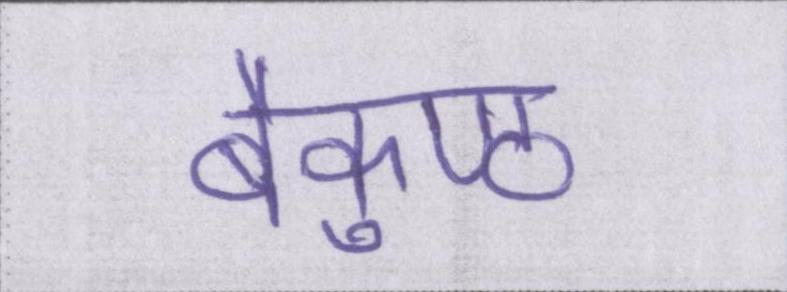
बैकुण्ठ